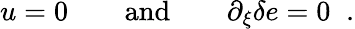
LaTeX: u=0\qquad\mathrm{and}\qquad\partial_{\xi}\delta e=0\; \; .